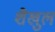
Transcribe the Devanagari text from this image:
शैखुल